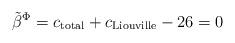
LaTeX: \begin{align*}{\tilde \beta}^\Phi = c_{\rm total} + c_{\rm Liouville} - 26 = 0\end{align*}